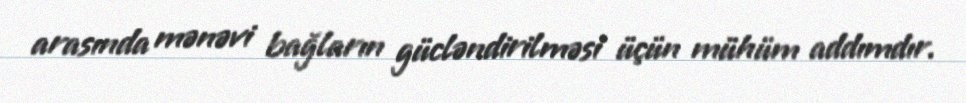
arasında mənəvi bağların gücləndirilməsi üçün mühüm addımdır.